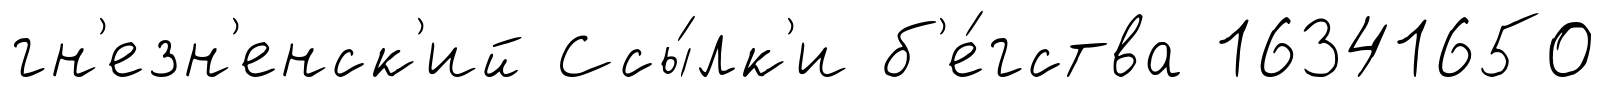
гн'езн'енск'ий Ссы́лк'и б'е́гства 16341650